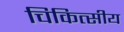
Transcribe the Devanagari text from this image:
चिकित्‍सीय